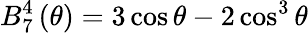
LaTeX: B_{7}^{4}\left(\theta\right)=3\cos\theta-2\cos^{3}\theta